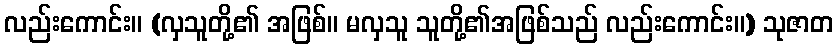
လည်းကောင်း။ (လှသူတို့၏ အဖြစ်။ မလှသူ သူတို့၏အဖြစ်သည် လည်းကောင်း။) သုဇာတ